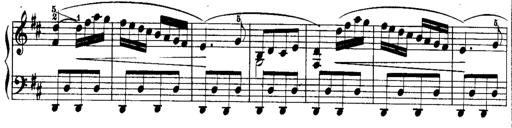
Title: Rondos and Sonatinas for Pianoforte
Composer: Daniel Steibelt